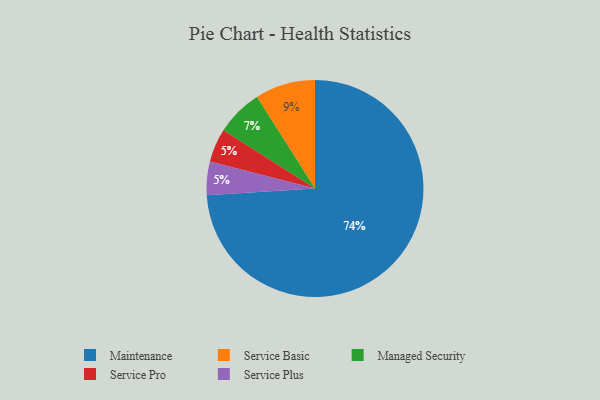
{"axis": {"x": "Category", "y": "Percentage"}, "legend": ["Maintenance", "Managed Security", "Service Basic", "Service Plus", "Service Pro"], "data": [{"x": "Service Pro", "y": 5, "type": "Service Pro"}, {"x": "Maintenance", "y": 74, "type": "Maintenance"}, {"x": "Service Plus", "y": 5, "type": "Service Plus"}, {"x": "Managed Security", "y": 7, "type": "Managed Security"}, {"x": "Service Basic", "y": 9, "type": "Service Basic"}]}